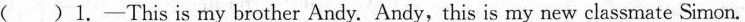
( )1.-This is my brother Andy. Andy, this is my new classmate Simon.